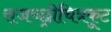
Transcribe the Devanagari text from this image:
राजच्छ्रीचित्रकूट